Leaving Certificate Examination, 1911
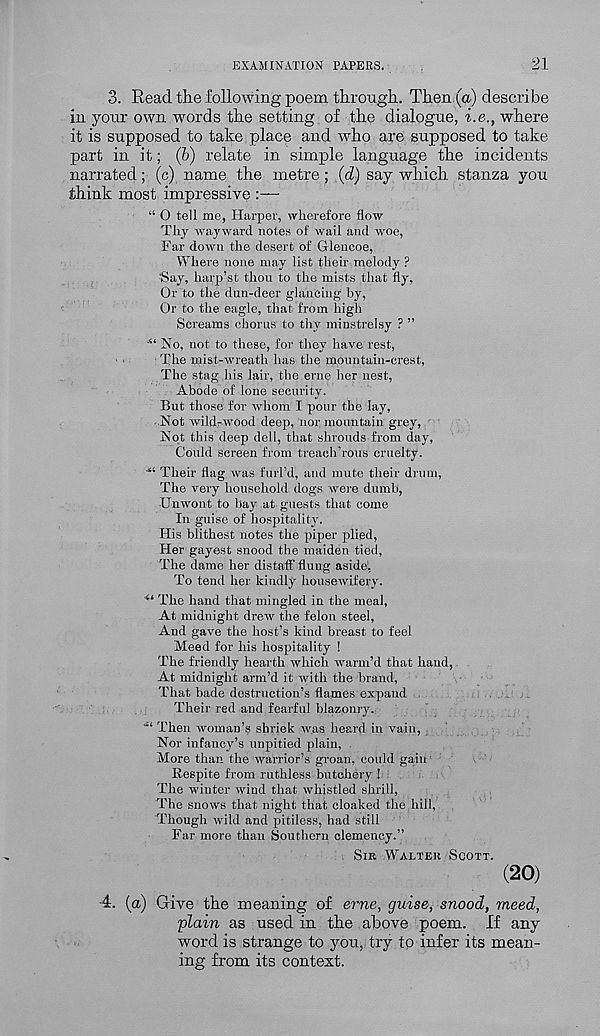
EXAMINATION PAPERS.
21
3. Read the following poem through. Then (a) describe
in your own words the setting of the dialogue, i.e., where
it is supposed to take place and who are supposed to take
part in it; (6) relate in simple language the incidents
narrated; (c) name the metre; (d) say which stanza you
think most impressive :—
“ O tell me, Harper, wherefore flow
Thy wayward notes of wail and woe,
Far down the desert of Glencoe,
Where none may list their melody ?
'Say, harp’st thou to the mists that fly.
Or to the dun-deer glancing by,
Or to the eagle, that from high
Screams chorus to thy minstrelsy ? ”
■“ No, not to these, for they have rest,
The mist-wreath has the mountain-crest,
The stag his lair, the erne her nest,
Abode of lone security.
But those for whom I pour the lay.
Not wild-wood deep, nor mountain grey,
Not this deep dell, that shrouds from day,
Could screen from treach’rous cruelty.
•“ Their flag was furl’d, and mute their drum,
The very household dogs were dumb,
Unwont to bay at guests that come
In guise of hospitality.
His blithest notes the piper plied,
Her gayest snood the maiden tied,
The dame her distaff flung aside',
To tend her kindly housewifery.
“ The hand that mingled in the meal,
At midnight drew the felon steel,
And gave the host’s kind breast to feel
Meed for his hospitality !
The friendly hearth which warm’d that hand,
At midnight arm’d it with the brand,
That bade destruction’s flames expaud
Their red and fearful blazonry.,
““ Then woman’s shriek was heard in vain,
Nor infancy’s unpitied plain,
More than the warrior’s groan, could gain
Respite from ruthless butchery !
The winter wind that whistled shrill,
The snows that night that cloaked the hill,
Though wild and pitiless, had still
Far more than Southern clemency.”
SIR WALTER SCOTT.
(20)
4. (a) Give the meaning of erne, guise, snood, meed,
plain as used in the above poem. If any
word is strange to you, try to infer its mean-
ing from its context.